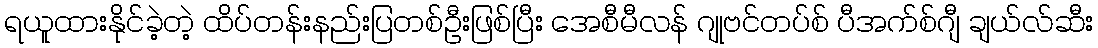
ရယူထားနိုင်ခဲ့တဲ့ ထိပ်တန်းနည်းပြတစ်ဦးဖြစ်ပြီး အေစီမီလန် ဂျုဗင်တပ်စ် ပီအက်စ်ဂျီ ချယ်လ်ဆီး